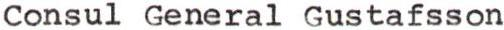
Consul General Gustafsson